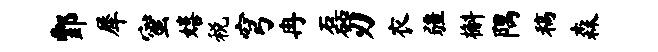
酆犀蜜嬉税穹冉磊刃衣疆槲隅稿森